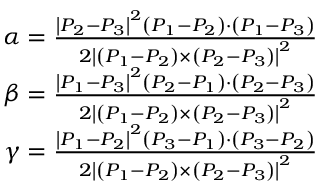
{ \begin{array} { r } { \alpha = { \frac { \left| P _ { 2 } - P _ { 3 } \right| ^ { 2 } \left( P _ { 1 } - P _ { 2 } \right) \cdot \left( P _ { 1 } - P _ { 3 } \right) } { 2 \left| \left( P _ { 1 } - P _ { 2 } \right) \times \left( P _ { 2 } - P _ { 3 } \right) \right| ^ { 2 } } } } \\ { \beta = { \frac { \left| P _ { 1 } - P _ { 3 } \right| ^ { 2 } \left( P _ { 2 } - P _ { 1 } \right) \cdot \left( P _ { 2 } - P _ { 3 } \right) } { 2 \left| \left( P _ { 1 } - P _ { 2 } \right) \times \left( P _ { 2 } - P _ { 3 } \right) \right| ^ { 2 } } } } \\ { \gamma = { \frac { \left| P _ { 1 } - P _ { 2 } \right| ^ { 2 } \left( P _ { 3 } - P _ { 1 } \right) \cdot \left( P _ { 3 } - P _ { 2 } \right) } { 2 \left| \left( P _ { 1 } - P _ { 2 } \right) \times \left( P _ { 2 } - P _ { 3 } \right) \right| ^ { 2 } } } } \end{array} }